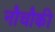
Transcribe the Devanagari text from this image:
नौचौकी